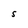
Character: S